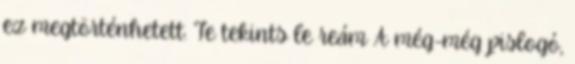
ez megtörténhetett. Te tekints le reám A még-még pislogó,